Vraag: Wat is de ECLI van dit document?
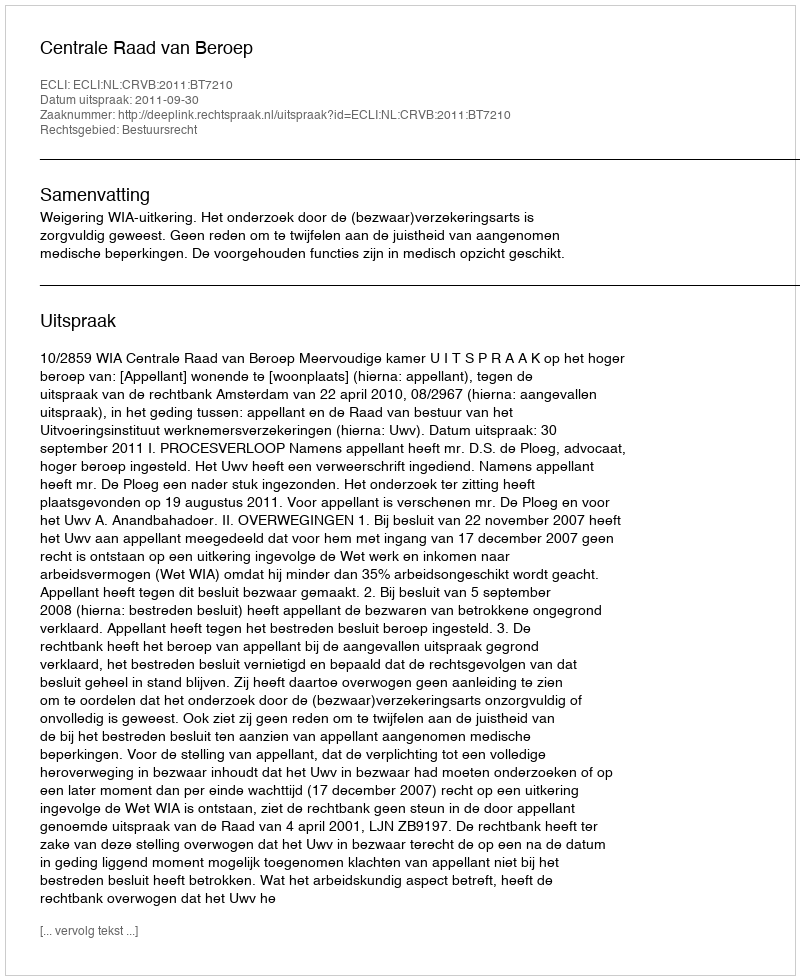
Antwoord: ECLI:NL:CRVB:2011:BT7210